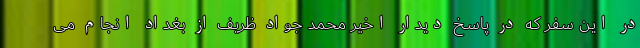
در این سفر که در پاسخ دیدار اخیر محمد جواد ظریف از بغداد انجام می